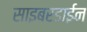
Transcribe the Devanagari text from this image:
साइबरडाईन